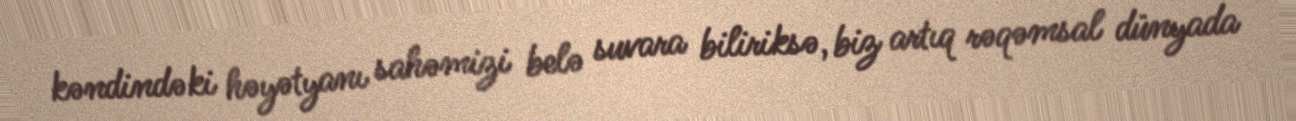
kəndindəki həyətyanı sahəmizi belə suvara biliriksə, biz artıq rəqəmsal dünyada